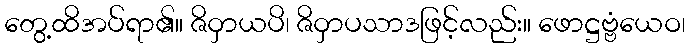
တွေ့ထိအပ်ရာ၏။ ဇိဝှာယပိ၊ ဇိဝှာပသာဒဖြင့်လည်း။ ဖောဋ္ဌဗ္ဗံယေဝ၊